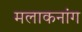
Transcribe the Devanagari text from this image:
मलाकनांग